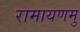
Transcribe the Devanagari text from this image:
रामायणमु